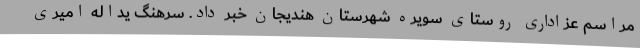
مراسم عزاداری روستای سویره شهرستان هندیجان خبر داد. سرهنگ یداله امیری